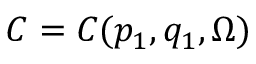
C = C ( p _ { 1 } , q _ { 1 } , \Omega )